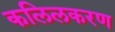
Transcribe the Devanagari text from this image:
कलिलकरण